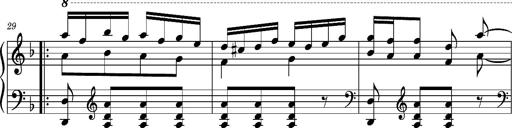
Title: Ungarischer Romanzero
Composer: Franz Liszt